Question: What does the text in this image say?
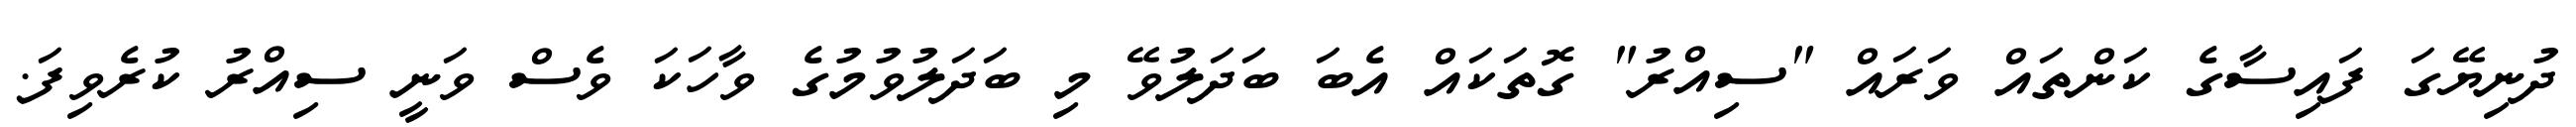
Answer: ދުނިޔޭގަ ފައިސާގެ ކަންތައް ވަރައް "ސިއްރު" ގޮތަކައް އެބަ ބަދަލުވޭ މި ބަދަލުވުމުގެ ވާހަކަ ވެސް ވަނީ ސިއްރު ކުރެވިފަ.